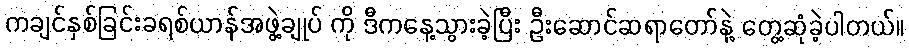
ကချင်နှစ်ခြင်းခရစ်ယာန်အဖွဲ့ချုပ် ကို ဒီကနေ့သွားခဲ့ပြီး ဦးဆောင်ဆရာတော်နဲ့ တွေ့ဆုံခဲ့ပါတယ်။